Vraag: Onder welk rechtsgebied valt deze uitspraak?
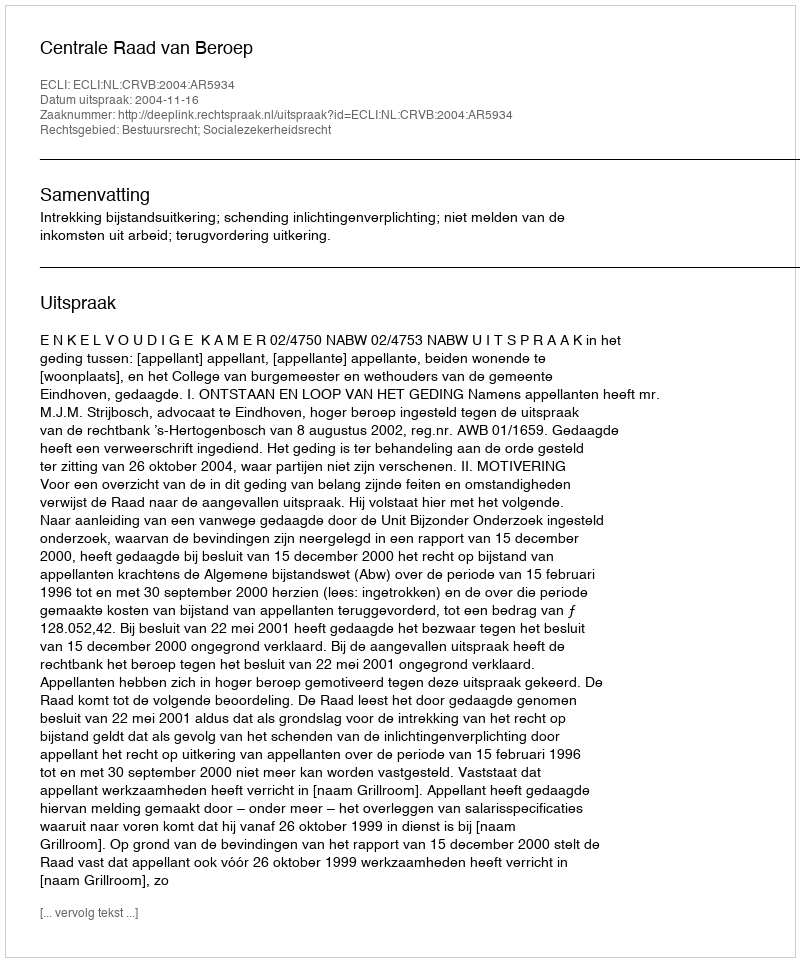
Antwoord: Bestuursrecht; Socialezekerheidsrecht